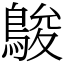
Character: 鵔